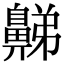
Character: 𪖦